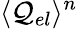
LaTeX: \langle\mathcal{Q}_{el}\rangle^{n}